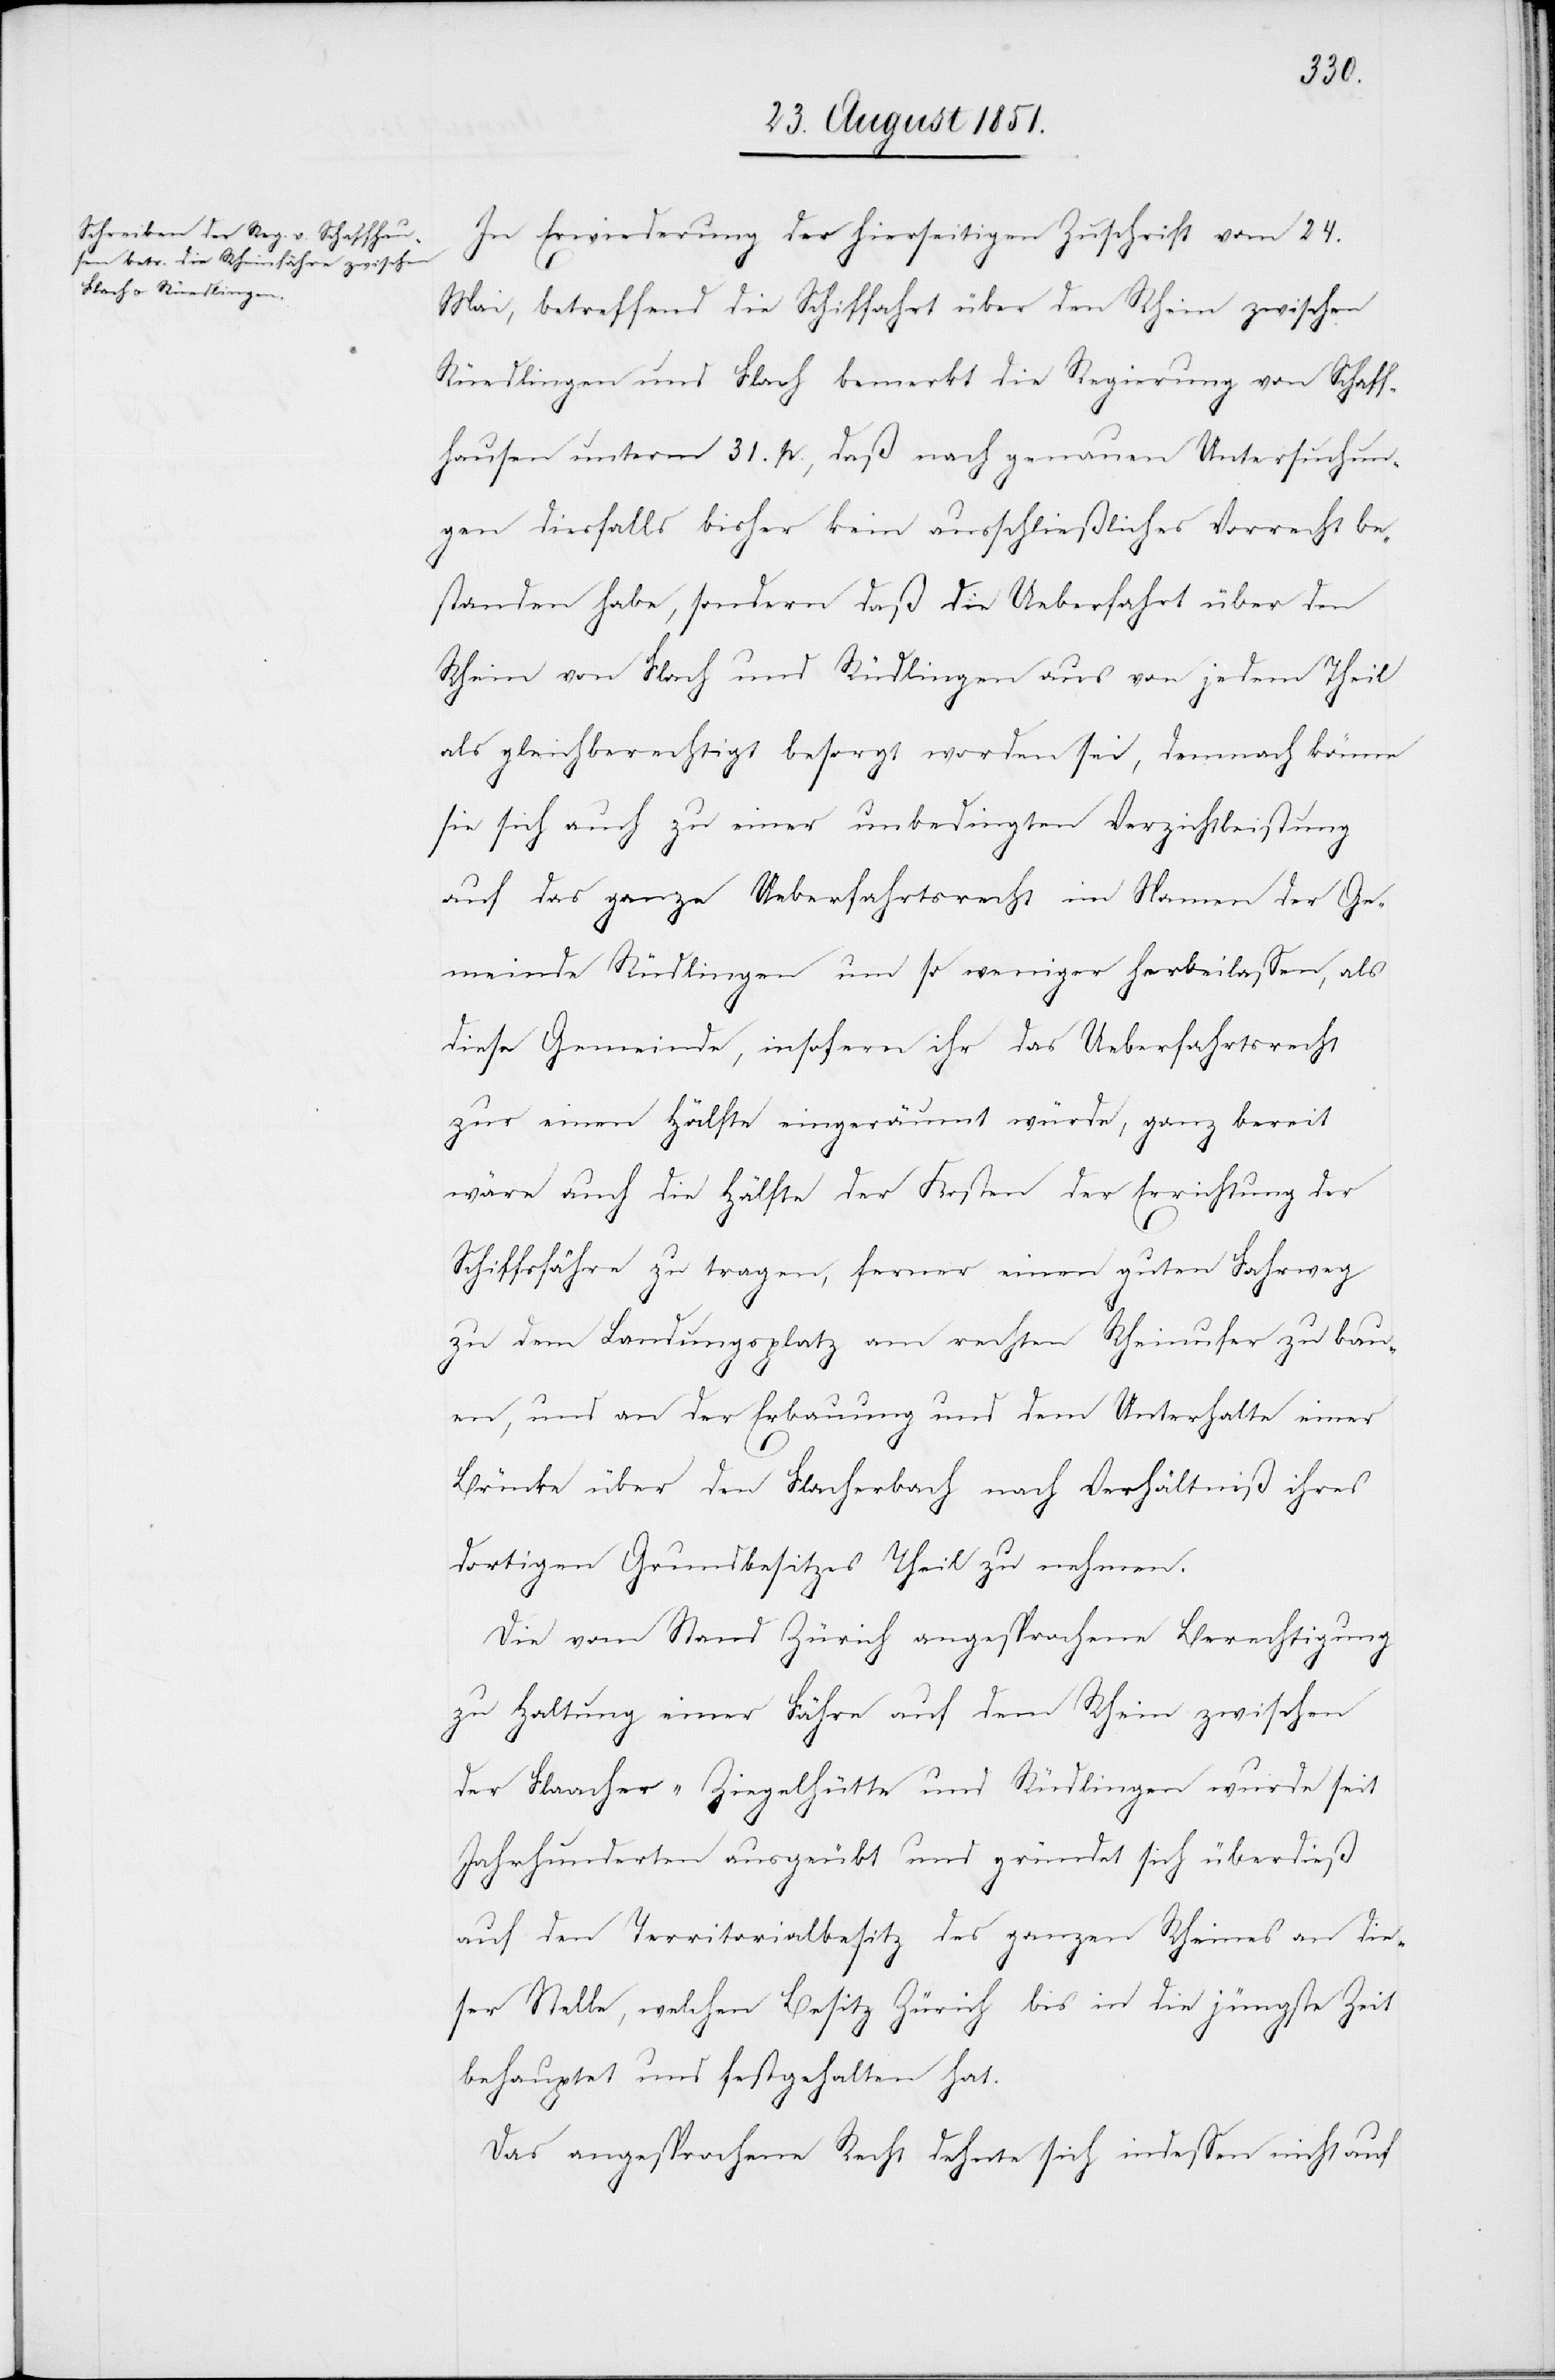
In Erwiederung der hierseitigen Zuschrift vom 24.
Mai, betreffend die Schiffahrt über den Rhein zwischen
Rüedlingen und Flach bemerkt die Regierung von Schaff¬
hausen unterm 31. p., daß nach genauen Untersuchun¬
gen diesfalls bisher kein ausschließliches Vorrecht be¬
standen habe, sondern daß die Ueberfahrt über den
Rhein von Flach und Rüdlingen aus von jedem Theil
als gleichberechtigt besorgt worden sei, demnach könne
sie sich auch zu einer unbedingten Verzichtleistung
auf das ganze Ueberfahrtsrecht im Namen der Ge¬
meinde Rüdlingen um so weniger herbeilassen, als
diese Gemeinde, insofern ihr das Ueberfahrtsrecht
zur einen Hälfte eingeräumt würde, ganz bereit
wäre auch die Hälfte der Kosten der Errichtung der
Schiffsfähre zu tragen, ferner einen guten Fahrweg
zu dem Landungsplatz am rechten Rheinufer zu bau¬
en, und an der Erbauung und dem Unterhalte einer
Brücke über den Flacherbach nach Verhältniß ihres
dortigen Grundbesitzes Theil zu nehmen.
Die vom Stand Zürich angesprochene Berechtigung
zu Haltung einer Fähre auf dem Rhein zwischen
der Flaacher-Ziegelhütte und Rüdlingen wurde seit
Jahrhunderten ausgeübt und gründet sich überdieß
auf den Territorialbesitz des ganzen Rheines an die¬
ser Stelle, welchen Besitz Zürich bis in die jüngste Zeit
behauptet und festgehalten hat.
Das angesprochene Recht dehnte sich indessen nicht auf